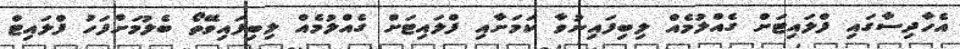
އެހާދިސާގައި ފްލައިޓަށް ގެއްލުމެއް ލިބިފައިނުވާ ކަމަށާއި ފްލައިޓަށް ގެއްލުމެއް ލިބިފައިވޭތޯ ބެލުމަށްފަހު ފްލައިޓް